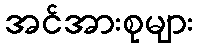
အင်အားစုများ